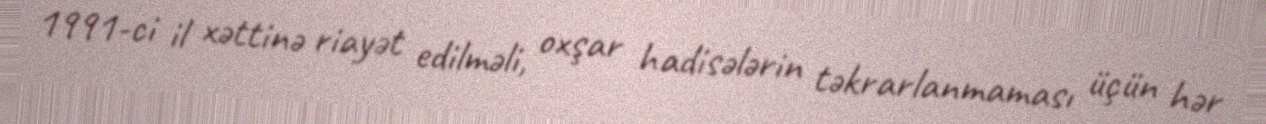
1991-ci il xəttinə riayət edilməli, oxşar hadisələrin təkrarlanmaması üçün hər